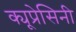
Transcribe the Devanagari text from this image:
क्यूप्रेसिनी